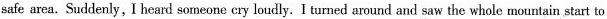
safe area. Suddenly, I heard someone cry loudly. I turned around and saw the whole mountain start to